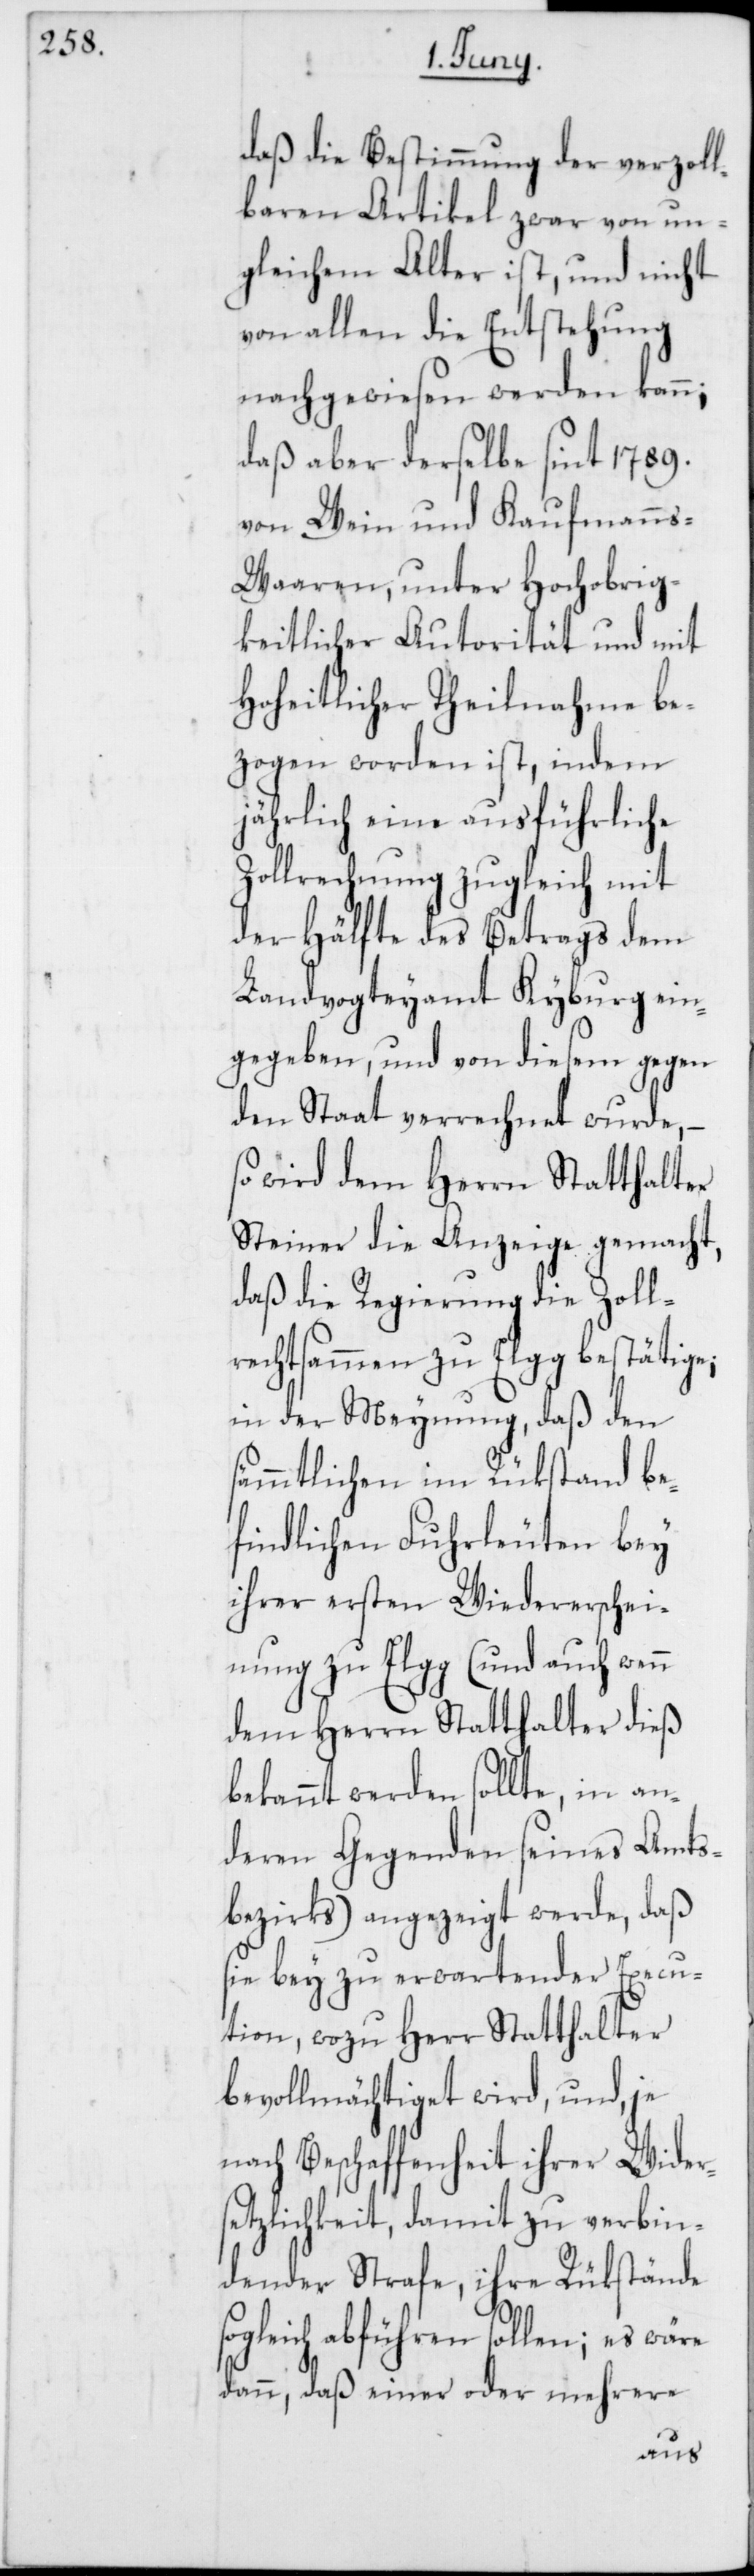
daß die Bestimmung der verzoll¬
baren Artikel zwar von un¬
gleichem Alter ist, und nicht
von allen die Entstehung
nachgewiesen werden kann;
daß aber derselbe sint 1789.
von Wein und Kaufmann¬
s-Waaren, unter Hochobrig¬
keitlicher Autorität und mit
Hoheitlicher Theilnahme be¬
zogen worden ist, indem
jährlich eine ausführliche
Zollrechnung zugleich mit
der Hälfte des Betrags dem
Landvogteyamt Kyburg ein¬
gegeben, und von diesem gegen
den Staat verrechnet wurde,
wird dem Herrn Statthalter
Steiner die Anzeige gemacht,
daß die Regierung die Zoll¬
rechtsammen zu Elgg bestätige;
in der Meynung, daß den
sämmtlichen im Rükstand be¬
findlichen Fuhrleuten bey
ihrer ersten Wiedererschei¬
nung zu Elgg (und auch wen¬
dem Herrn Statthalter dieß
bekannt werden sollte, in an¬
deren Gegenden seines Amts¬
bezirks) angezeigt werde, daß
sie bey zu erwartender Execu¬
tion, wozu Herr Statthalter
bevollmächtiget wird, und, je
nach Beschaffenheit ihrer Wider¬
setzlichkeit, damit zu verbin¬
dender Strafe, ihre Rükstände
sogleich abführen sollen; es wäre
dann, daß einer oder mehrere
n